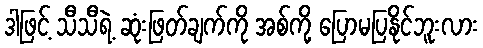
ဒါဖြင့် သီသီရဲ့ ဆုံးဖြတ်ချက်ကို အစ်ကို့ ပြောမပြနိုင်ဘူးလား